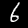
Digit: 6